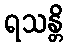
ရသန္တိ